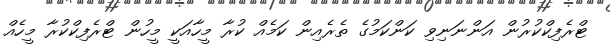
ޓްރެފިކްކުރުން އަންނަނިވި ކަންކަމުގެ ތެރެއިން ކަމެއް ކުރާ މީހާއަކީ މީހުން ޓްރެފިކްކުރާ މީހެއް